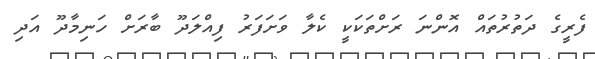
ފެރީގެ ދަތުރުތައް އޮންނަ ރަށްތަކަކީ ކެލާ ވަށަފަރު ފިއްލަދޫ ބާރަށް ހަނިމާދޫ އަދި